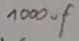
Text: 1000µF